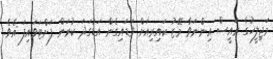
މަޖިލީހުގެ ރައީސް އިންނަވާ މޭޒު ކައިރިއަށް ވަޑައިގެން އަޑުގަދަ ކުރަން ފަށްޓަވައިފަ އެވެ.